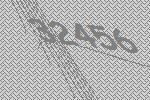
32456